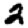
Digit: 2